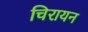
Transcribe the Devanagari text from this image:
चिरायन